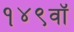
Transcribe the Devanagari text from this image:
१४९वॉ